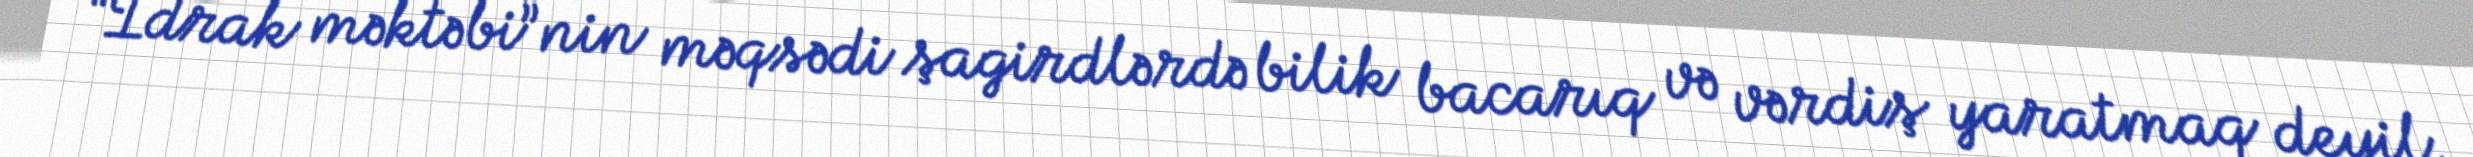
“İdrak məktəbi”nin məqsədi şagirdlərdə bilik bacarıq və vərdiş yaratmaq deyil,